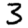
Digit: 3